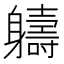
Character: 軇